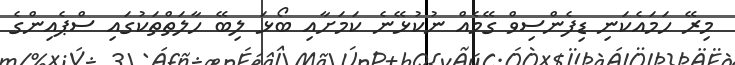
މިރޭ ހަމައެކަނި ޑިފެންސިވް ގޭމެއް ނުކުޅޭނެ ކަމަށާއި ބޯޅަ ލިބޭ ހާލަތްތަކުގައި ސްޕެއިންގެ